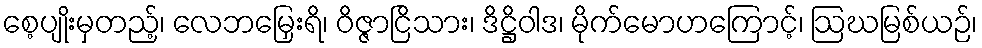
စေ့ပျိုးမှတည့်၊ လေဘမြှေးရိ၊ ဝိဇ္ဇာငြိသား၊ ဒိဋ္ဌိဝါဒ၊ မိုက်မောဟကြောင့်၊ ဩဃမြစ်ယဉ်၊